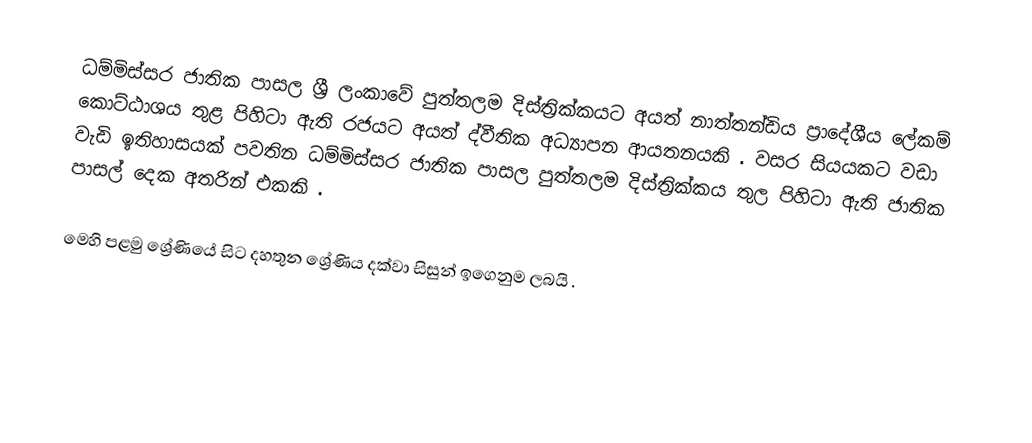
ධම්මිස්සර ජාතික පාසල  ශ්‍රී ලංකාවේ පුත්තලම දිස්ත්‍රික්කයට අයත් නාත්තන්ඩිය ප්‍රාදේශීය ලේකම් කොට්ඨාශය තුළ පිහිටා ඇති රජයට අයත් ද්වීතික අධ්‍යාපන ආයතනයකි . වසර සියයකට වඩා වැඩි ඉතිහාසයක් පවතින ධම්මිස්සර ජාතික පාසල පුත්තලම දිස්ත්‍රික්කය තුල පිහිටා ඇති ජාතික පාසල් දෙක අතරින් එකකි .

මෙහි පළමු ශ්‍රේණියේ සිට දහතුන ශ්‍රේණිය දක්වා සිසුන් ඉගෙනුම ලබයි .